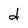
Character: d